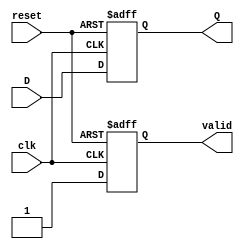
module flip_flop_register #(
    parameter N = 8  // Number of bits in the register
)(
    input wire clk,         // Clock signal
    input wire reset,       // Asynchronous reset signal
    input wire [N-1:0] D,   // N-bit wide data input
    output reg [N-1:0] Q,   // N-bit wide output
    output reg valid        // Output valid signal
);

    // Always block triggered on the clock edge
    always @(posedge clk or posedge reset) begin
        if (reset) begin
            Q <= {N{1'b0}};   // Reset all bits to 0
            valid <= 1'b0;    // Output valid is low when reset
        end else begin
            Q <= D;           // Capture input data on clock edge
            valid <= 1'b1;    // Output valid is high after capturing data
        end
    end

endmodule